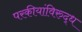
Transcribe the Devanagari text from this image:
परकीयांविरुद्ध